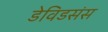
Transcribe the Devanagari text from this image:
डेविडसंस